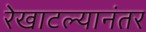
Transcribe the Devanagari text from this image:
रेखाटल्यानंतर